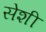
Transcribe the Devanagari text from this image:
सेशी